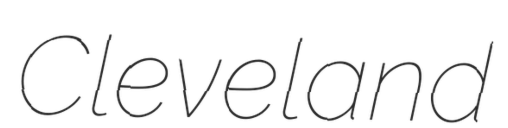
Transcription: Cleveland